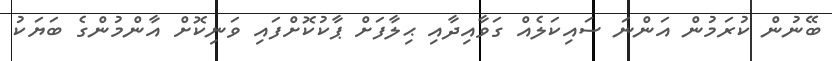
ބޭނުން ކުރަމުން އަންނަ ސައިކަލެއް ގަވާއިދާއި ޙިލާފަށް ޕާކުކޮށްފައި ވަނިކޮށް އާންމުންގެ ބަޔަކު